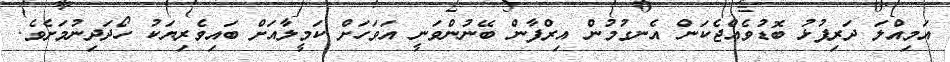
އަމިއްލަ ދަރިފުޅު ބޮޑުވެއްޖެކަން އެނގުމުން އިރްފާން ބޭނުންވަނީ އަވަހަށް ކަމީލާއަށް ބައިވެރިޔަކު ހޯދަދިނުމަށެވެ.